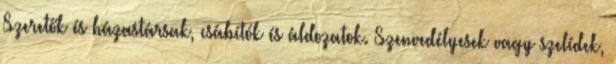
Szeretők és házastársak, csábítók és áldozatok. Szenvedélyesek vagy szelídek,